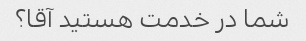
شما در خدمت هستید آقا؟